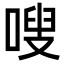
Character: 嗖